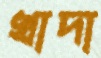
খাদা